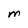
Character: M